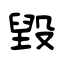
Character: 毀